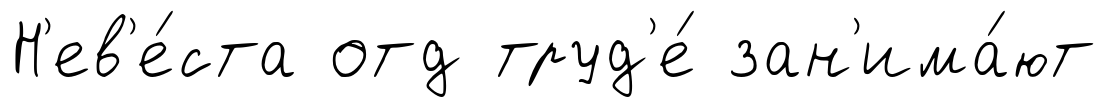
Н'ев'е́ста отд труд'е́ зан'има́ют